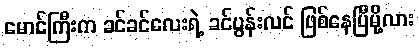
မောင်ကြီးက ခင်ခင်လေးရဲ့ ခင်ပွန်းလင် ဖြစ်နေပြီမို့လား